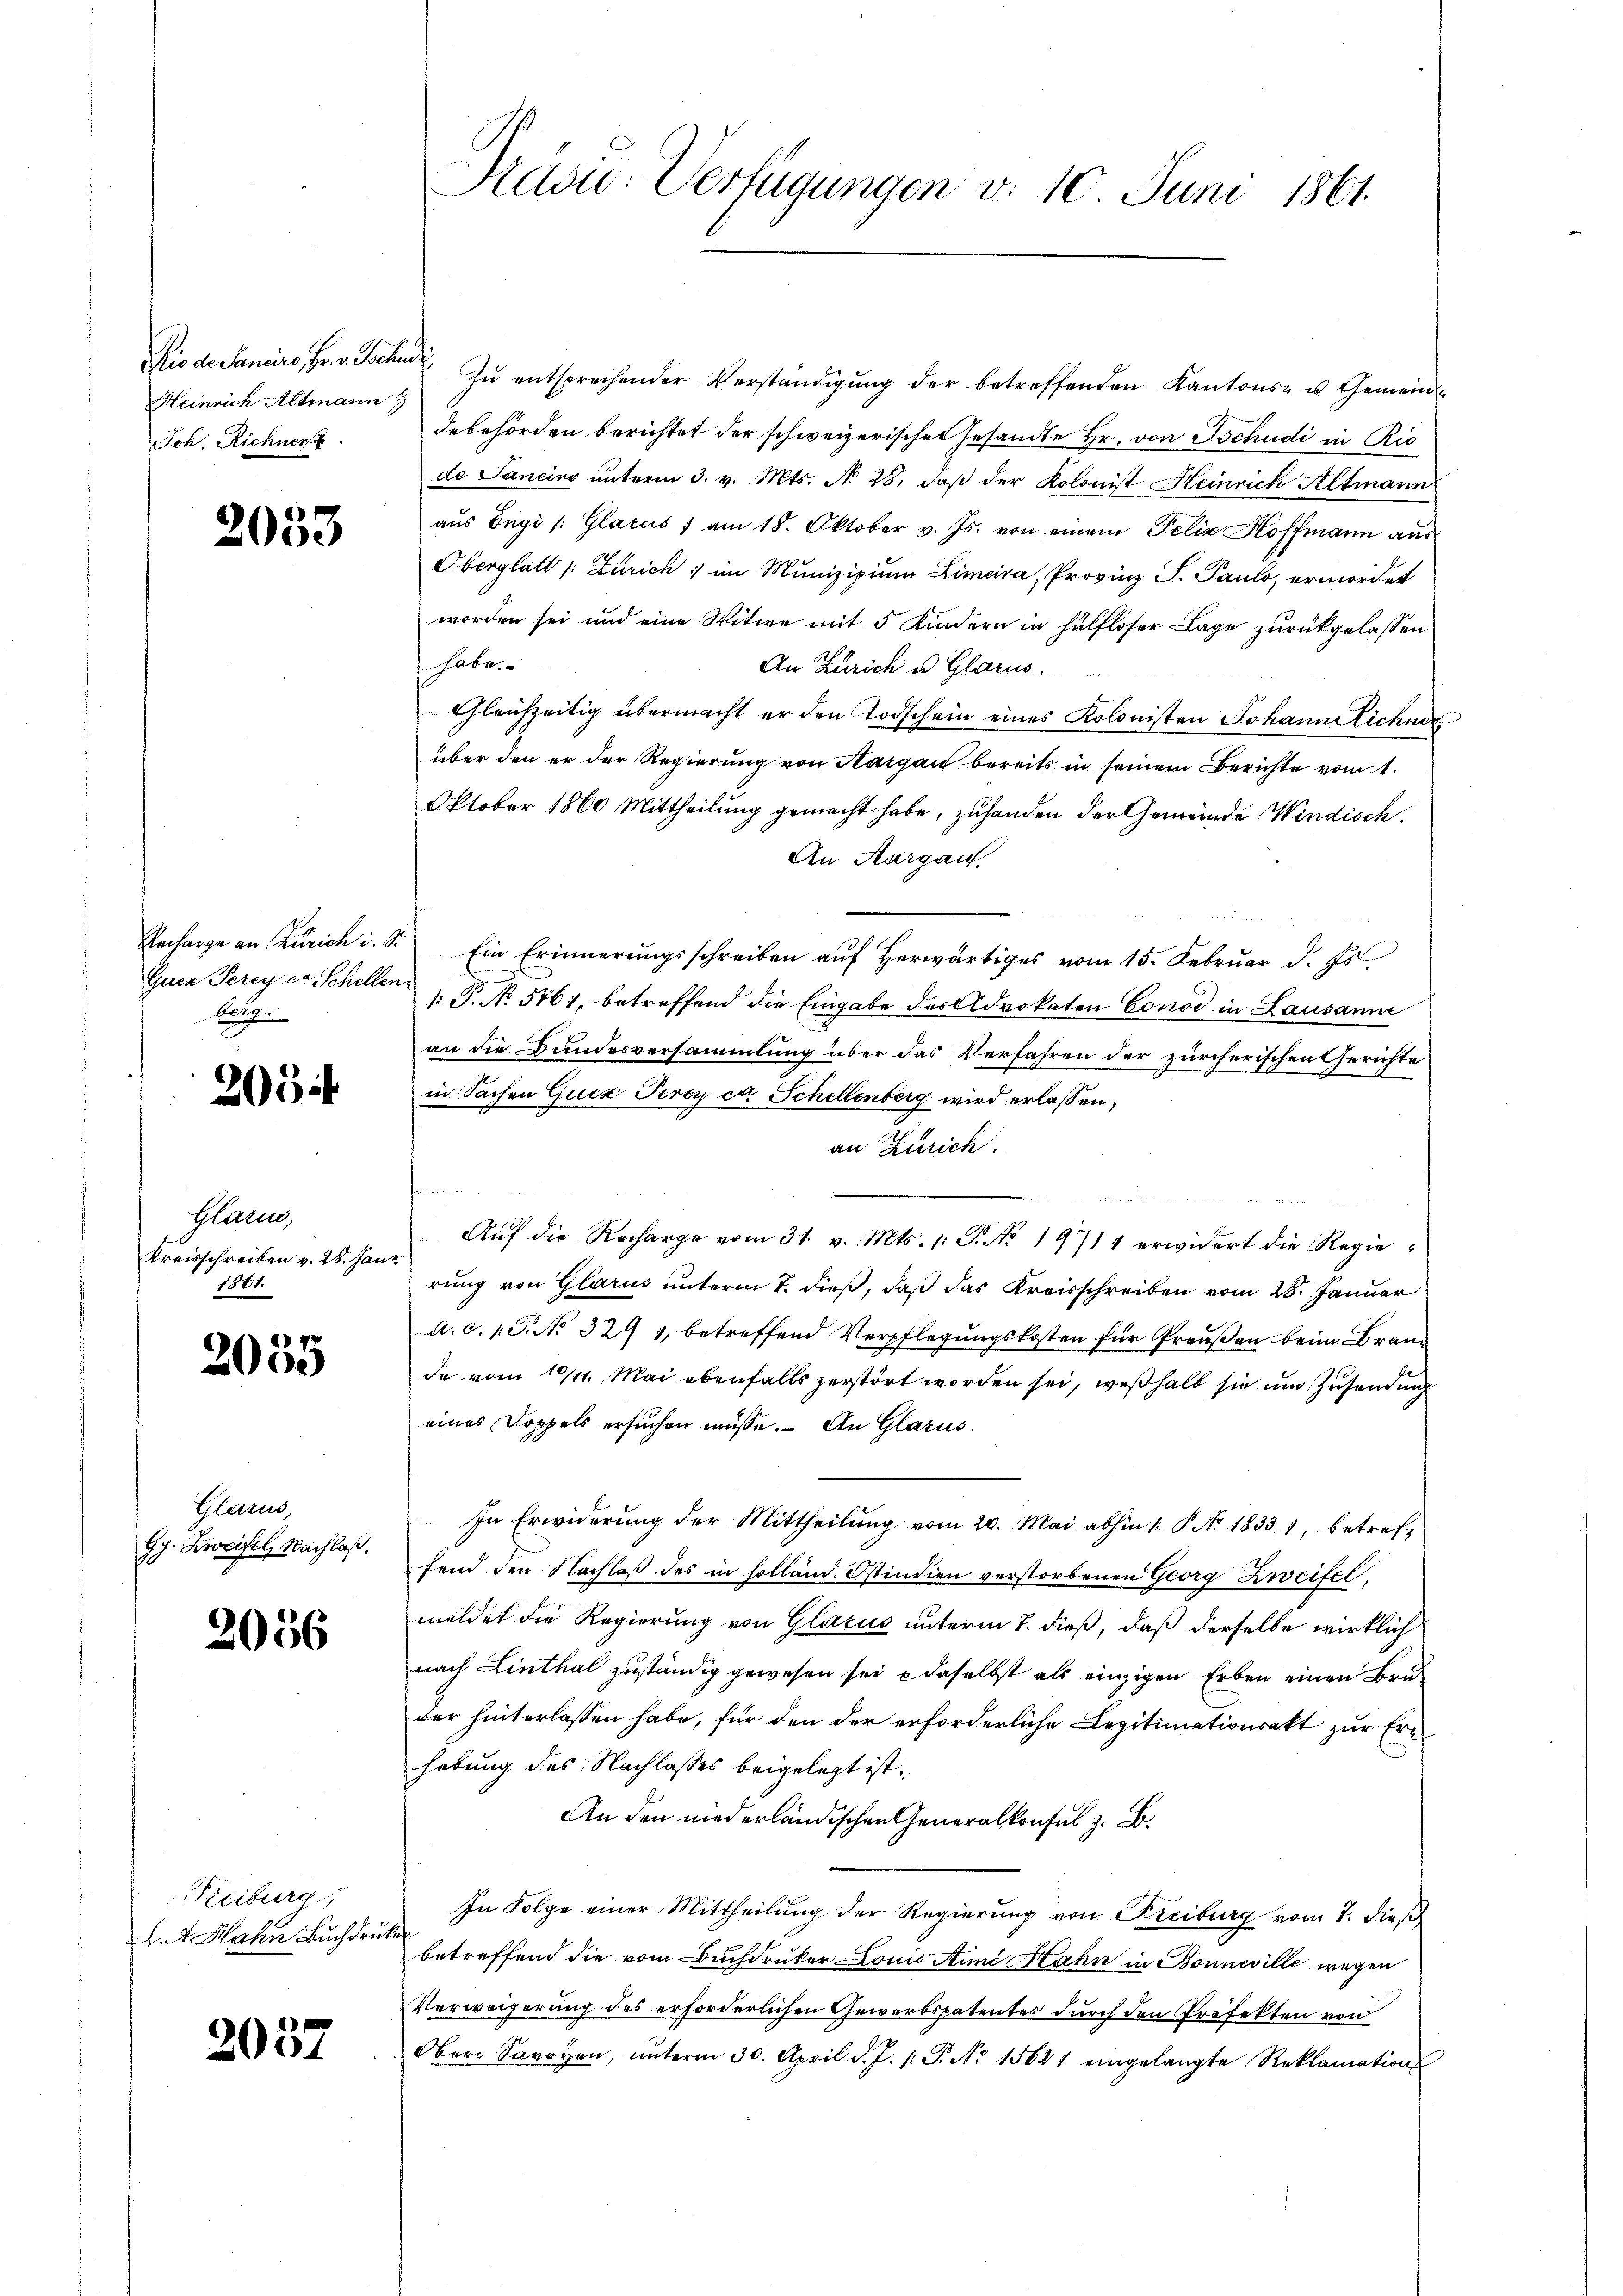
Heinrich Altmann
Joh. Richner

2053

Guer Perey er Schellen.
beig

2034

Glären,
Kreisschreiben v. 28. Janr
1801.

2035

Glarus,
Gg. Zweifel, Nachlaß.

2056

Freiburg
L. A. Hahn Buchdru

2037

Präsid.- Verfügungen v. 10. Juni 1861.

Rio de Sanciro, Fr. v. Sachen zŭ entsprechender Verständigŭng der betreffenden Kantons- u. Gemeinddebehörden berichtet der schweizerischen Gesandte Hr. von Tschudi in Ric
de Sancins ŭnterm 3. v. Mts. No 28. daβ der Kolonist Heinrich Altmann
aus Engi /: Glarus 1 am 18. Oktober v. Js. von einem Felix Hoffmann aus
Oberglatt /: Zürich, im Munizipien Limira, Provinz S. Pauls, ermordet
worden sei und eine Witwe mit 5 Kindern in hülfloser Lage zurückgelassen
habe.
An Zürich u. Glarus.
Gleichzeitig übermacht er den Todschein eines Kolonisten Johann ichner
über den er der Regierung von Aargau bereits in seinem Berichte vom 1.
Oktober 1860 Mittheilung gemacht habe, zuhanden der Gemeinde Windisch
An Margau.
Recharge an Zürich i. S. Ein Erinnerŭngsschreiben aŭf herwärtiges vom 15. Febrŭar d. Js.
1: J. No 5161, betreffend die Eingabe des Advokaten Consi in Lausanne
an die Bundesversammlung über das Verfahren der zürcherischen Gerichte
in Sachen Gucz Perey et Schellenberg wird erlassen,
an Zürich.

Aŭf die Recharge vom 31. v. Mts. 1: P. Nr. 1971 erwidert die Regierung von Glarus unterm 7. dieß, daß das Kreisschreiben vom 28. Januar
A. c. 1 S. No 329 1, betreffend Verpflegungskosten für Preußen beim Branda vom 10/11. Mai ebenfalls zerstört worden sei, weßhalb sie und Zusendung
eines Doppels ersuchen müsse. An Glarus
In Erwiderung der Mittheilŭng vom 20. Mai abhin 1. P. Nr. 1833 1, betreffend den Nachlaβ des in solland. Ostindien verstorbenen Georg Zweifel,
meldet die Regierung von Glarus unterm 7. dieß, daß derselbe wirklich
nach Linthal zuständig gewesen sei, o daselbst als einzigen Erben einen Bruder hinterlassen habe, für den der erforderliche Legitimationsakt zur Erhebung des Nachlasses beigelegt ist.
An den niederländischen Generalkonsul z. B.
In Folge einer Mittheilung der Regierung von Freiburg vom 7. dieß
.
betreffend die vom Buchdruker Louis Anna Hahn in Bonneville wegen
Verweigerung des erforderlichen Gewerbspatentes durch den Präfekten von
Ober Savoyen, ŭnterm 30. April d. J. 1: P. No 15621 eingelangte Reklamation